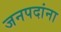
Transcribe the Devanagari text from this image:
जनपदांना